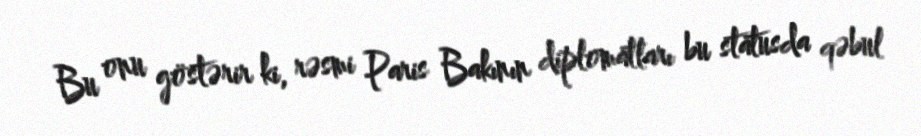
Bu onu göstərir ki, rəsmi Paris Bakının diplomatları bu statusda qəbul